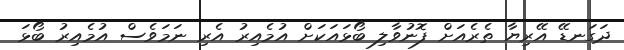
ދަގަނޑޭ އޭރިޔާ ތެރެއަށް ފޮނުވާލި ބޯޅައަކަށް އުމެއިރު އެރި ނަމަވެސް އުމެއިރު ބޯޅަ